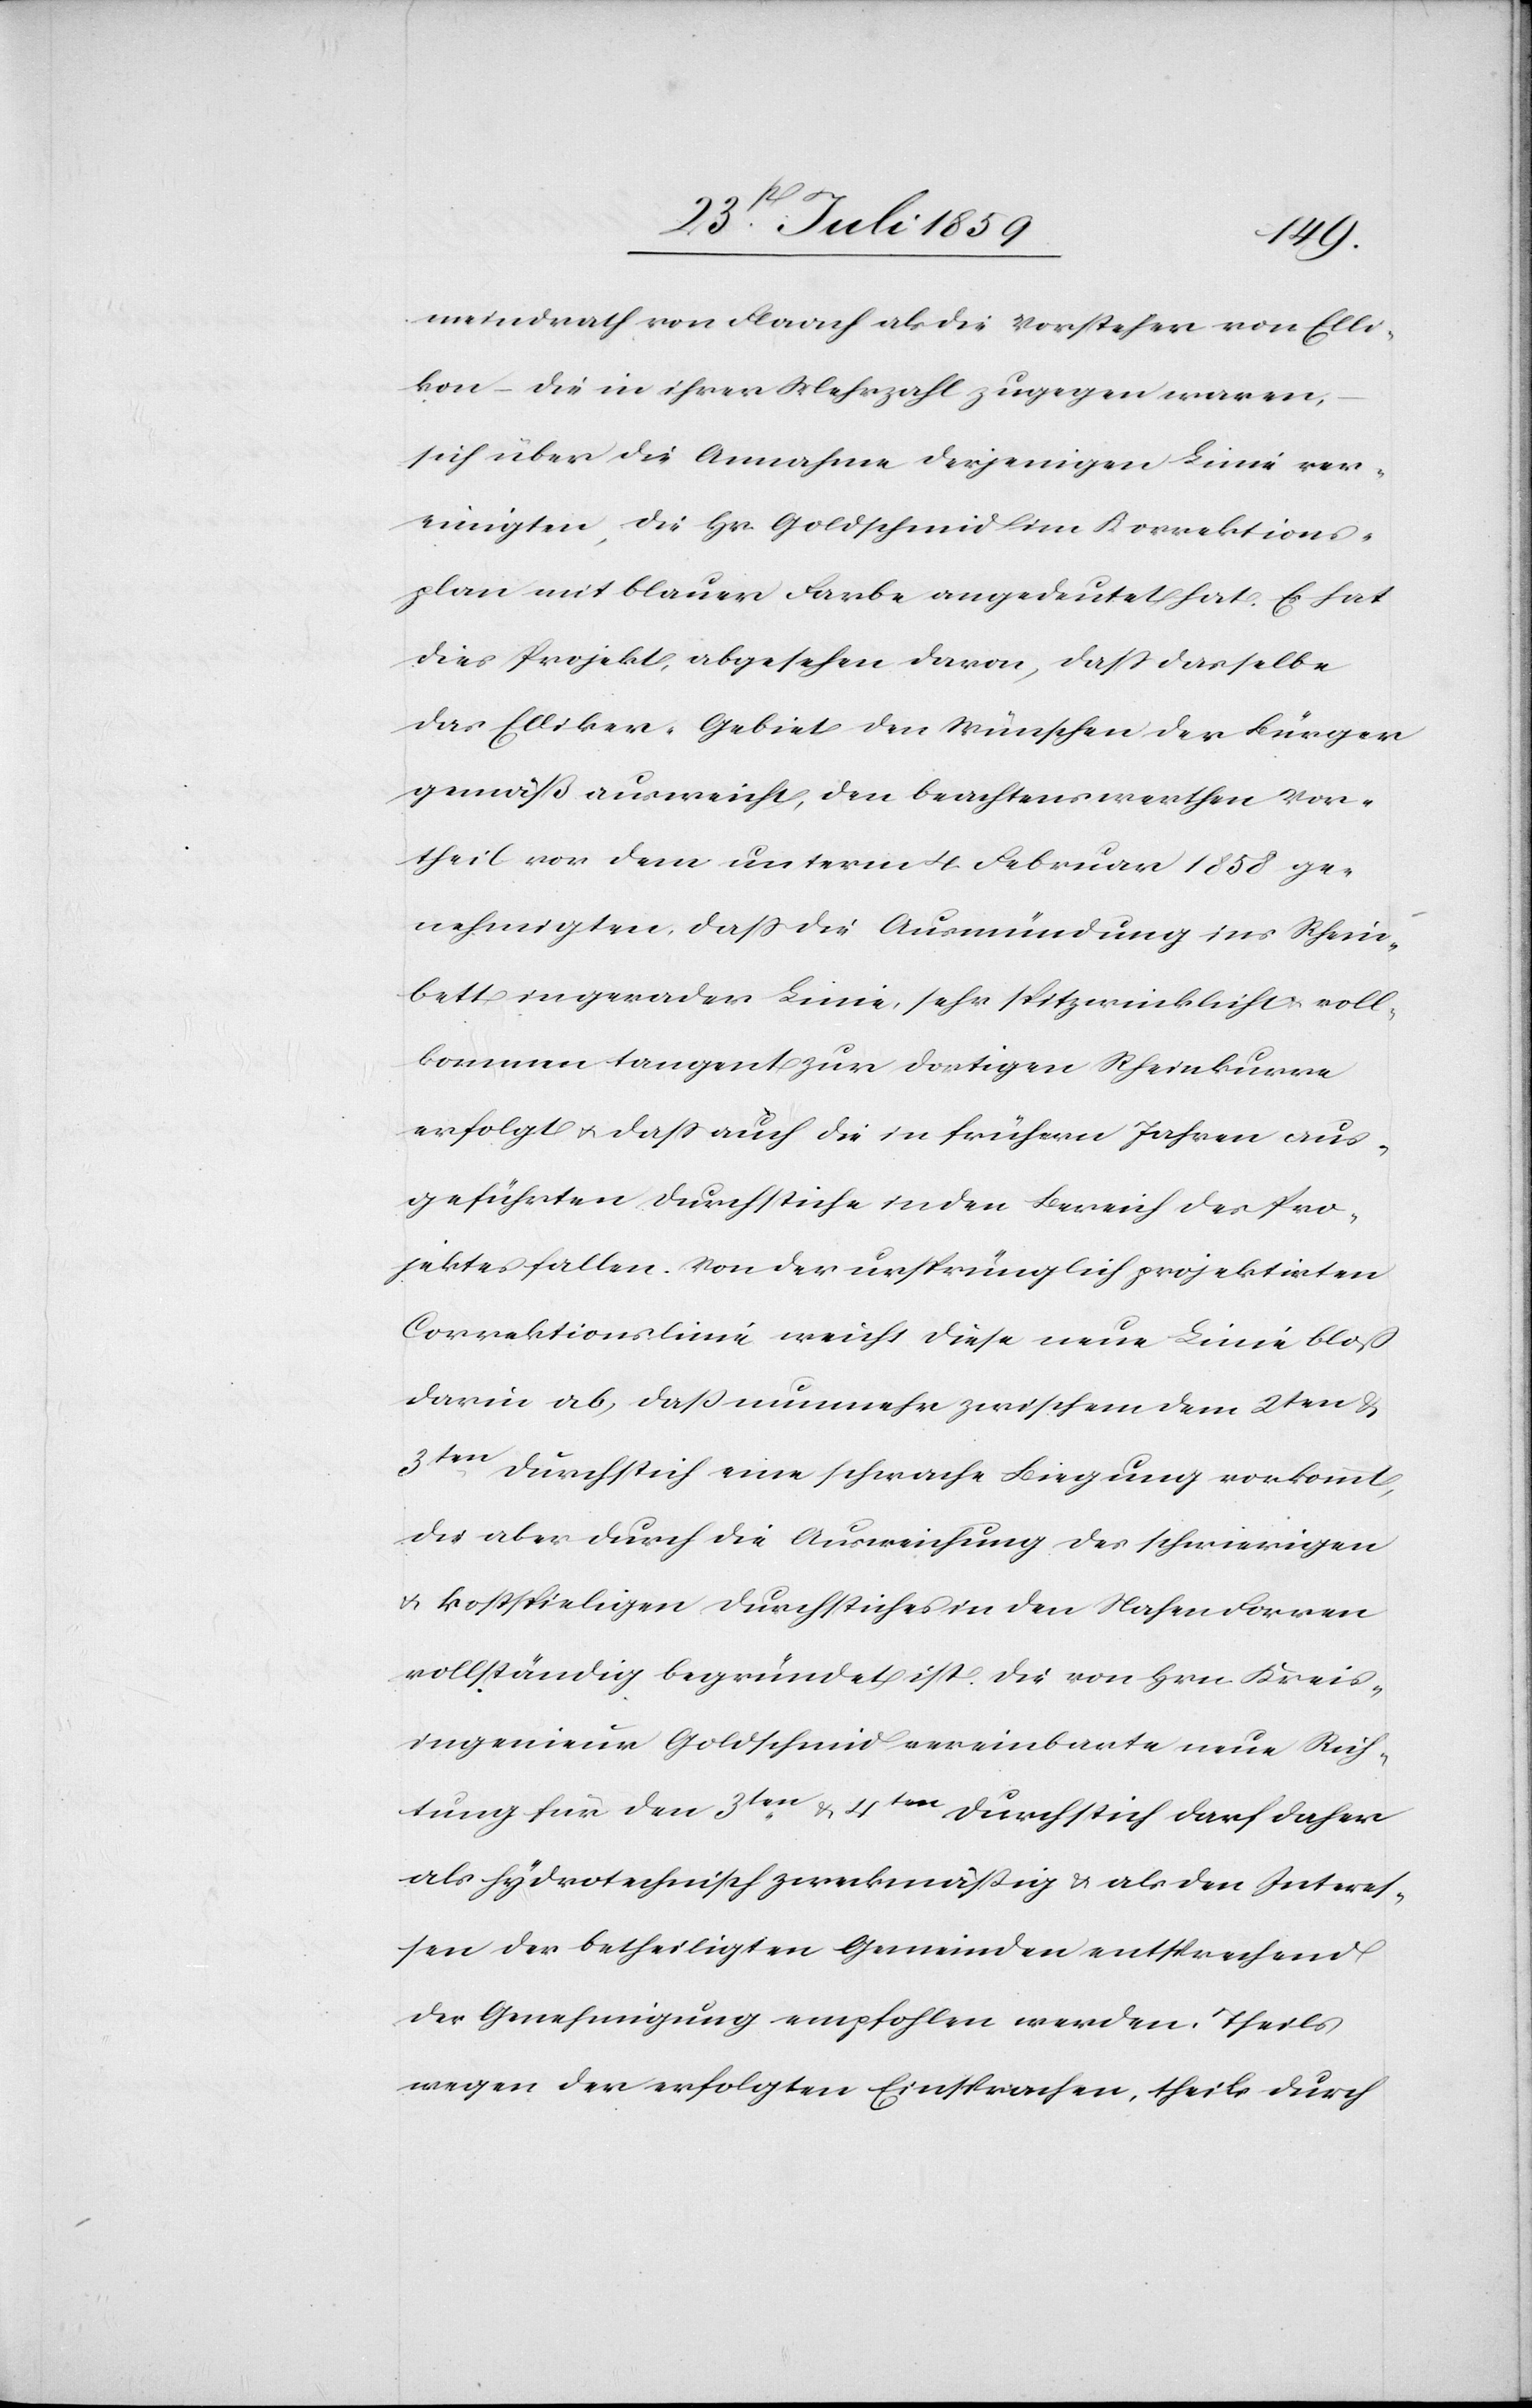
meindrath von Flaach als die Vorsteher von Elli¬
kon – die in ihrer Mehrzahl zugegen waren,
sich über die Annahme derjenigen Linie ver¬
einigten, die Hr. Goldschmid im Korrektions¬
plan mit blauer Farbe angedeutet hat. Es hat
dies Projekt, abgesehen davon, daß dasselbe
das Elliker-Gebiet den Wünschen der Bürger
gemäß ausweicht, den beachtenswerthen Vor¬
theil vor dem unterm 4. Februar 1858 ge¬
nehmigten, daß die Ausmündung ins Rhein¬
bett in gerader Linie, sehr spitzwinklicht u. voll¬
kommen tangent zur dortigen Rheinkurve
erfolgt u. daß auch die in frühern Jahren aus¬
geführten Durchstiche in den Bereich des Pro¬
jektes fallen. Von der ursprünglich projektirten
Correktionslinie weicht diese neue Linie bloß
darin ab, daß nunmehr zwischem [sic!] dem 2ten u.
3ten Durchstich eine schwache Biegung vorkommt,
die aber durch die Ausweichung des schwierigen
u. kostspieligen Durchstiches in den Nahen Forren
vollständig begründet ist. Die von Hrn. Kreis¬
ingenieur Goldschmid vereinbarte neue Rich¬
tung für den 3ten u. 4ten Durchstich darf daher
als hydrotechnisch zweckmäßig u. als den Interes¬
sen der betheiligten Gemeinden entsprechend
der Genehmigung empfohlen werden. Theils
wegen der erfolgten Einsprachen, theils durch